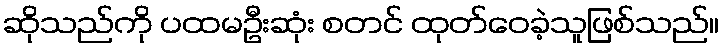
ဆိုသည်ကို ပထမဦးဆုံး စတင် ထုတ်ဝေခဲ့သူဖြစ်သည်။